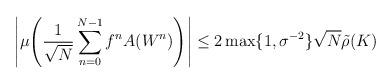
LaTeX: \begin{align*}\left|\mu\!\left(\frac{1}{\sqrt{N}}\sum_{n=0}^{N-1} f^nA(W^n)\right)\right| \le 2\max\{1,\sigma^{-2}\}\sqrt N\tilde\rho(K)\end{align*}